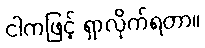
ငါကဖြင့် ရှာလိုက်ရတာ။